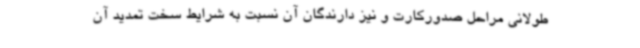
طولانی مراحل صدورکارت و نیز دارندگان آن نسبت به شرایط سخت تمدید آن